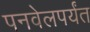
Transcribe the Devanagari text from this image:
पनवेलपर्यंत